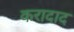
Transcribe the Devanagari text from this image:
करादाद